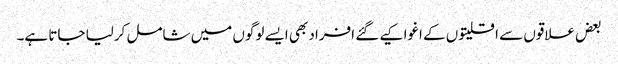
بعض علاقوں سے اقلیتوں کے اغوا کیے گئے افراد بھی ایسے لوگوں میں شامل کرلیا جاتا ہے۔